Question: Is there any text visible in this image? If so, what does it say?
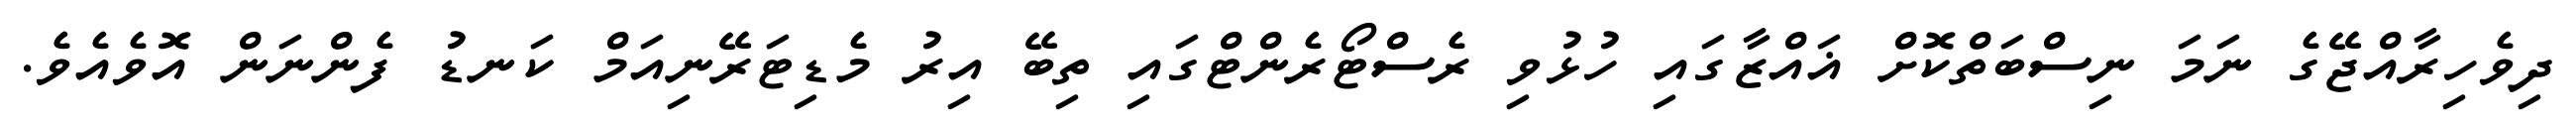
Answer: ދިވެހިރާއްޖޭގެ ނަމަ ނިސްބަތްކޮށް ޣައްޒާގައި ހުޅުވި ރެސްޓޯރެންޓްގައި ތިބޭ އިރު މެޑިޓަރޭނިއަމް ކަނޑު ފެންނަން އޮވެއެވެ.